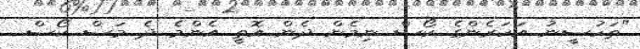
"ތަހުސީނު އަހަރެންގެ ކޯސް ނިމެން ދެން އޮތީ އެންމެ ދެ މަސް ކޯސް